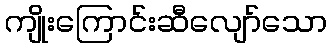
ကျိုးကြောင်းဆီလျော်သော